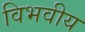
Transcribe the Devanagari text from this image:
विभवीय